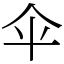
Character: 伞